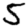
Digit: 5